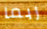
ربما